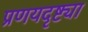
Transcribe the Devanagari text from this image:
प्रणयदृष्ट्या